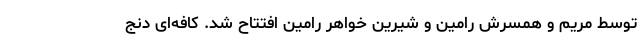
توسط مریم و همسرش رامین و شیرین خواهرِ رامین افتتاح شد. کافه‌ای دنج